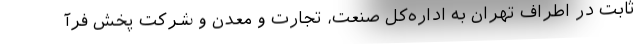
ثابت در اطراف تهران به اداره‌کل صنعت، تجارت و معدن و شرکت پخش فرآ